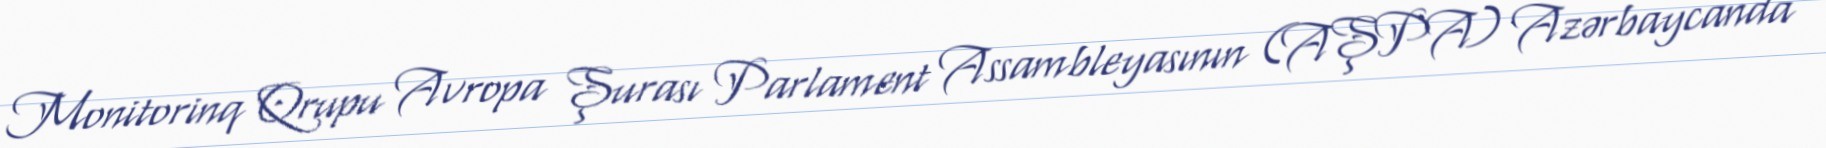
Monitorinq Qrupu Avropa Şurası Parlament Assambleyasının (AŞPA) Azərbaycanda